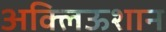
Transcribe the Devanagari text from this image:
अक्लिऊशान